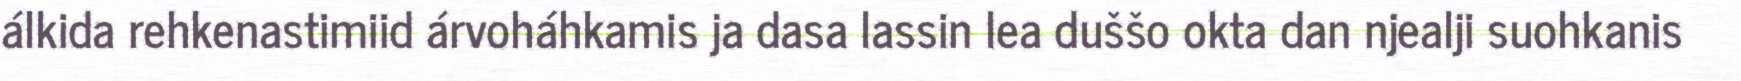
álkida rehkenastimiid árvoháhkamis ja dasa lassin lea duššo okta dan njealji suohkanis